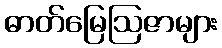
ဓာတ်မြေဩဇာများ